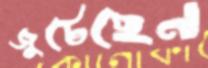
জুটেছেন